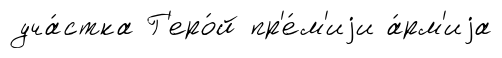
уча́стка Г'еро́й пр'е́м'иjи а́рм'иjа